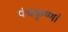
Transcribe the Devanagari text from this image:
पंचकृष्णां